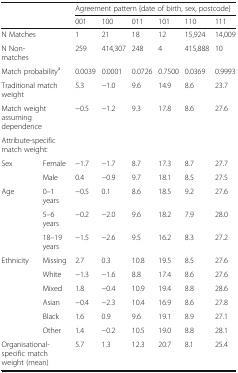
| <ROWSPAN=2>  | <ROWSPAN=2>  | <COLSPAN=6> Agreement pattern {date of birth, sex, postcode} |
 | 001 | 100 | 011 | 101 | 110 | 111 |
 | --- | --- | --- | --- | --- | --- | --- | --- |
 | N Matches |  | 1 | 21 | 18 | 12 | 15,924 | 14,009 |
 | N Non-matches |  | 259 | 414,307 | 248 | 4 | 415,888 | 10 |
 | <COLSPAN=2> Match probabilitya | 0.0039 | 0.0001 | 0.0726 | 0.7500 | 0.0369 | 0.9993 |
 | <COLSPAN=2> Traditional match weight | 5.3 | −1.0 | 9.6 | 14.9 | 8.6 | 23.7 |
 | <COLSPAN=2> Match weight assuming dependence | −0.5 | −1.2 | 9.3 | 17.8 | 8.6 | 27.6 |
 | <COLSPAN=2> Attribute-specific match weight: |  |  |  |  |  |  |
 | <ROWSPAN=2> Sex | Female | −1.7 | −1.7 | 8.7 | 17.3 | 8.7 | 27.7 |
 | Male | 0.4 | −0.9 | 9.7 | 18.1 | 8.5 | 27.5 |
 | <ROWSPAN=3> Age | 0–1 years | −0.5 | 0.1 | 8.6 | 18.5 | 9.2 | 27.6 |
 | 5–6 years | −0.2 | −2.0 | 9.6 | 18.2 | 7.9 | 28.0 |
 | 18–19 years | −1.5 | −2.6 | 9.5 | 16.2 | 8.3 | 27.2 |
 | <ROWSPAN=6> Ethnicity | Missing | 2.7 | 0.3 | 10.8 | 19.5 | 8.5 | 27.6 |
 | White | −1.3 | −1.6 | 8.8 | 17.4 | 8.6 | 27.6 |
 | Mixed | 1.8 | −0.4 | 10.9 | 19.4 | 8.8 | 28.6 |
 | Asian | −0.4 | −2.3 | 10.4 | 16.9 | 8.6 | 27.8 |
 | Black | 1.6 | 0.9 | 9.6 | 19.1 | 8.9 | 27.1 |
 | Other | 1.4 | −0.2 | 10.5 | 19.0 | 8.8 | 28.1 |
 | <COLSPAN=2> Organisational-specific match weight (mean) | 5.7 | 1.3 | 12.3 | 20.7 | 8.1 | 25.4 |